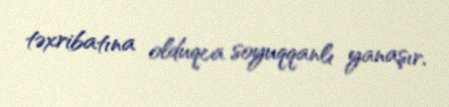
təxribatına olduqca soyuqqanlı yanaşır.